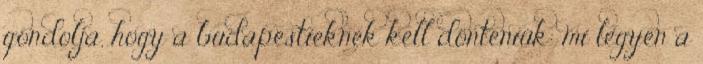
gondolja, hogy a budapestieknek kell dönteniük: mi legyen a